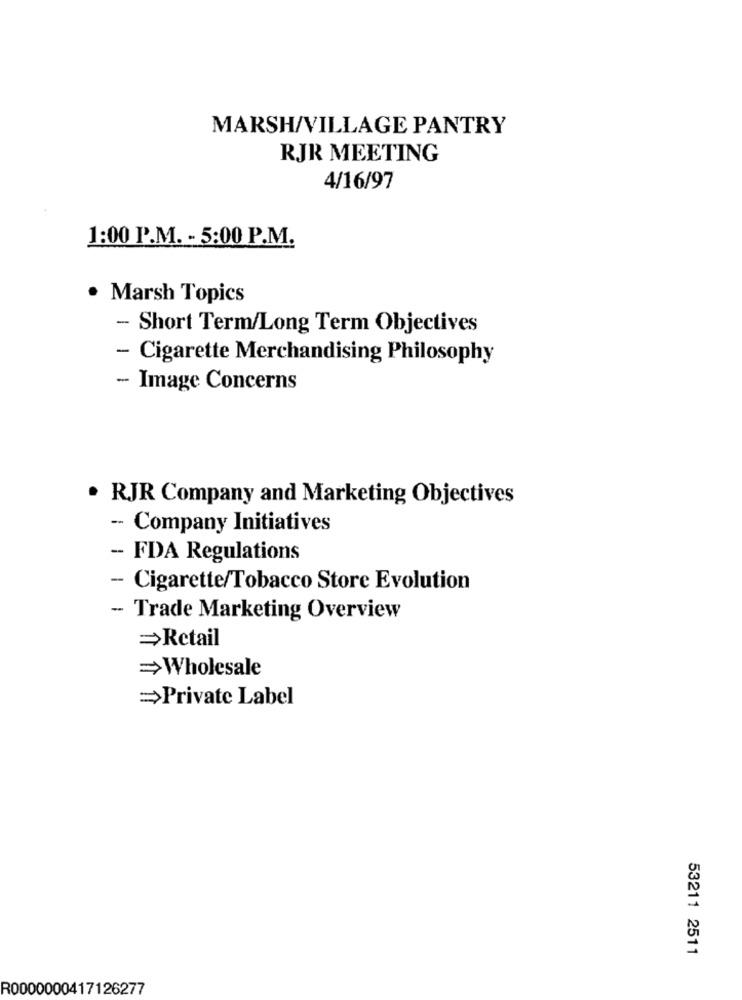
MARSH/VILLAGE PANTRY
RJR MEETING
4/16/97
1:00 P.M. - 5:00 P.M.
. Marsh Topics
- Short Term/Long Term Objectives
- Cigarette Merchandising Philosophy
- Image Concerns
. RJR Company and Marketing Objectives
-- Company Initiatives
- FDA Regulations
- Cigarette/Tobacco Store Evolution
- Trade Marketing Overview
=Retail
=Wholesale
=Private Label
53211 2511
R0000000417126277